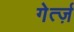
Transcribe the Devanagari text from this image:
गेर्त्ज़